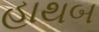
હાથબ